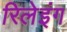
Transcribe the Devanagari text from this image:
रिलेइंग